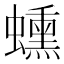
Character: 䗼